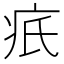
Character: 疧